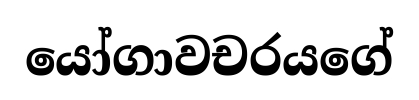
යෝගාවචරයගේ